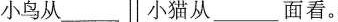
小鸟从___小猫从___面看。